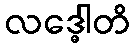
လဒ္ဓေါတိ